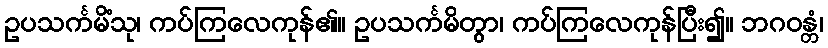
ဥပသင်္ကမိံသု၊ ကပ်ကြလေကုန်၏။ ဥပသင်္ကမိတွာ၊ ကပ်ကြလေကုန်ပြီး၍။ ဘဂဝန္တံ၊